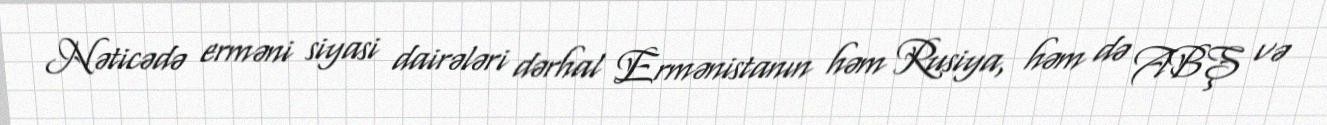
Nəticədə erməni siyasi dairələri dərhal Ermənistanın həm Rusiya, həm də ABŞ və